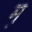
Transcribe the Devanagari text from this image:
म़